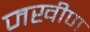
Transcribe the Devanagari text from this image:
जखीण